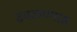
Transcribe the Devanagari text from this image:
ढवळण्यास